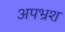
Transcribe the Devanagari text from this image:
अपभ्रश